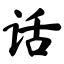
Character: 话